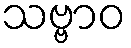
သဗ္ဗာဝ